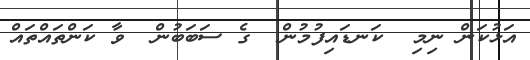
އަޅުކަން ނިމި  ކަނޑައިފުމުން  ގެ ސަބަބުން  ވާ ކަންތައްތައް